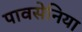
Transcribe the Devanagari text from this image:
पावसेनिया